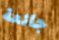
جائعة